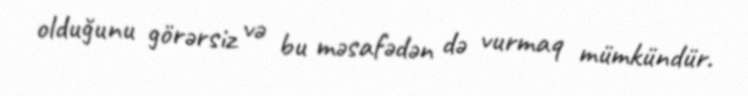
olduğunu görərsiz və bu məsafədən də vurmaq mümkündür.